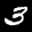
Label: 3